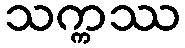
သက္ကဿ